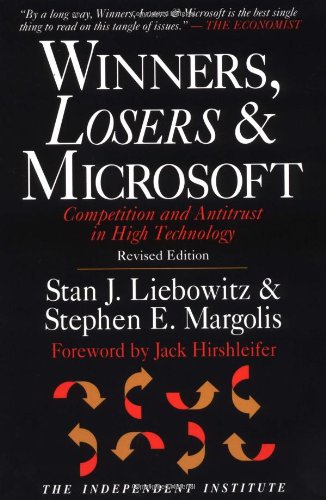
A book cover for Winners, Losers & Microsoft: Competition and Antitrust in High Technology; Stan J. Liebowitz; Law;